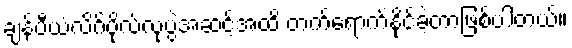
ချန်ပီယံလိဂ်ဗိုလ်လုပွဲအဆင့်အထိ တက်ရောက်နိုင်ခဲ့တာဖြစ်ပါတယ်။